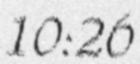
10:26